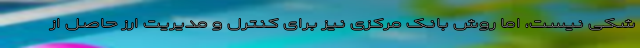
شکی نیست، اما روش بانک مرکزی نیز برای کنترل و مدیریت ارز حاصل از